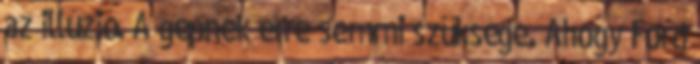
az illúzió. A gépnek erre semmi szüksége. Ahogy Ford